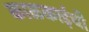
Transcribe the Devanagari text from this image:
काळकाईची